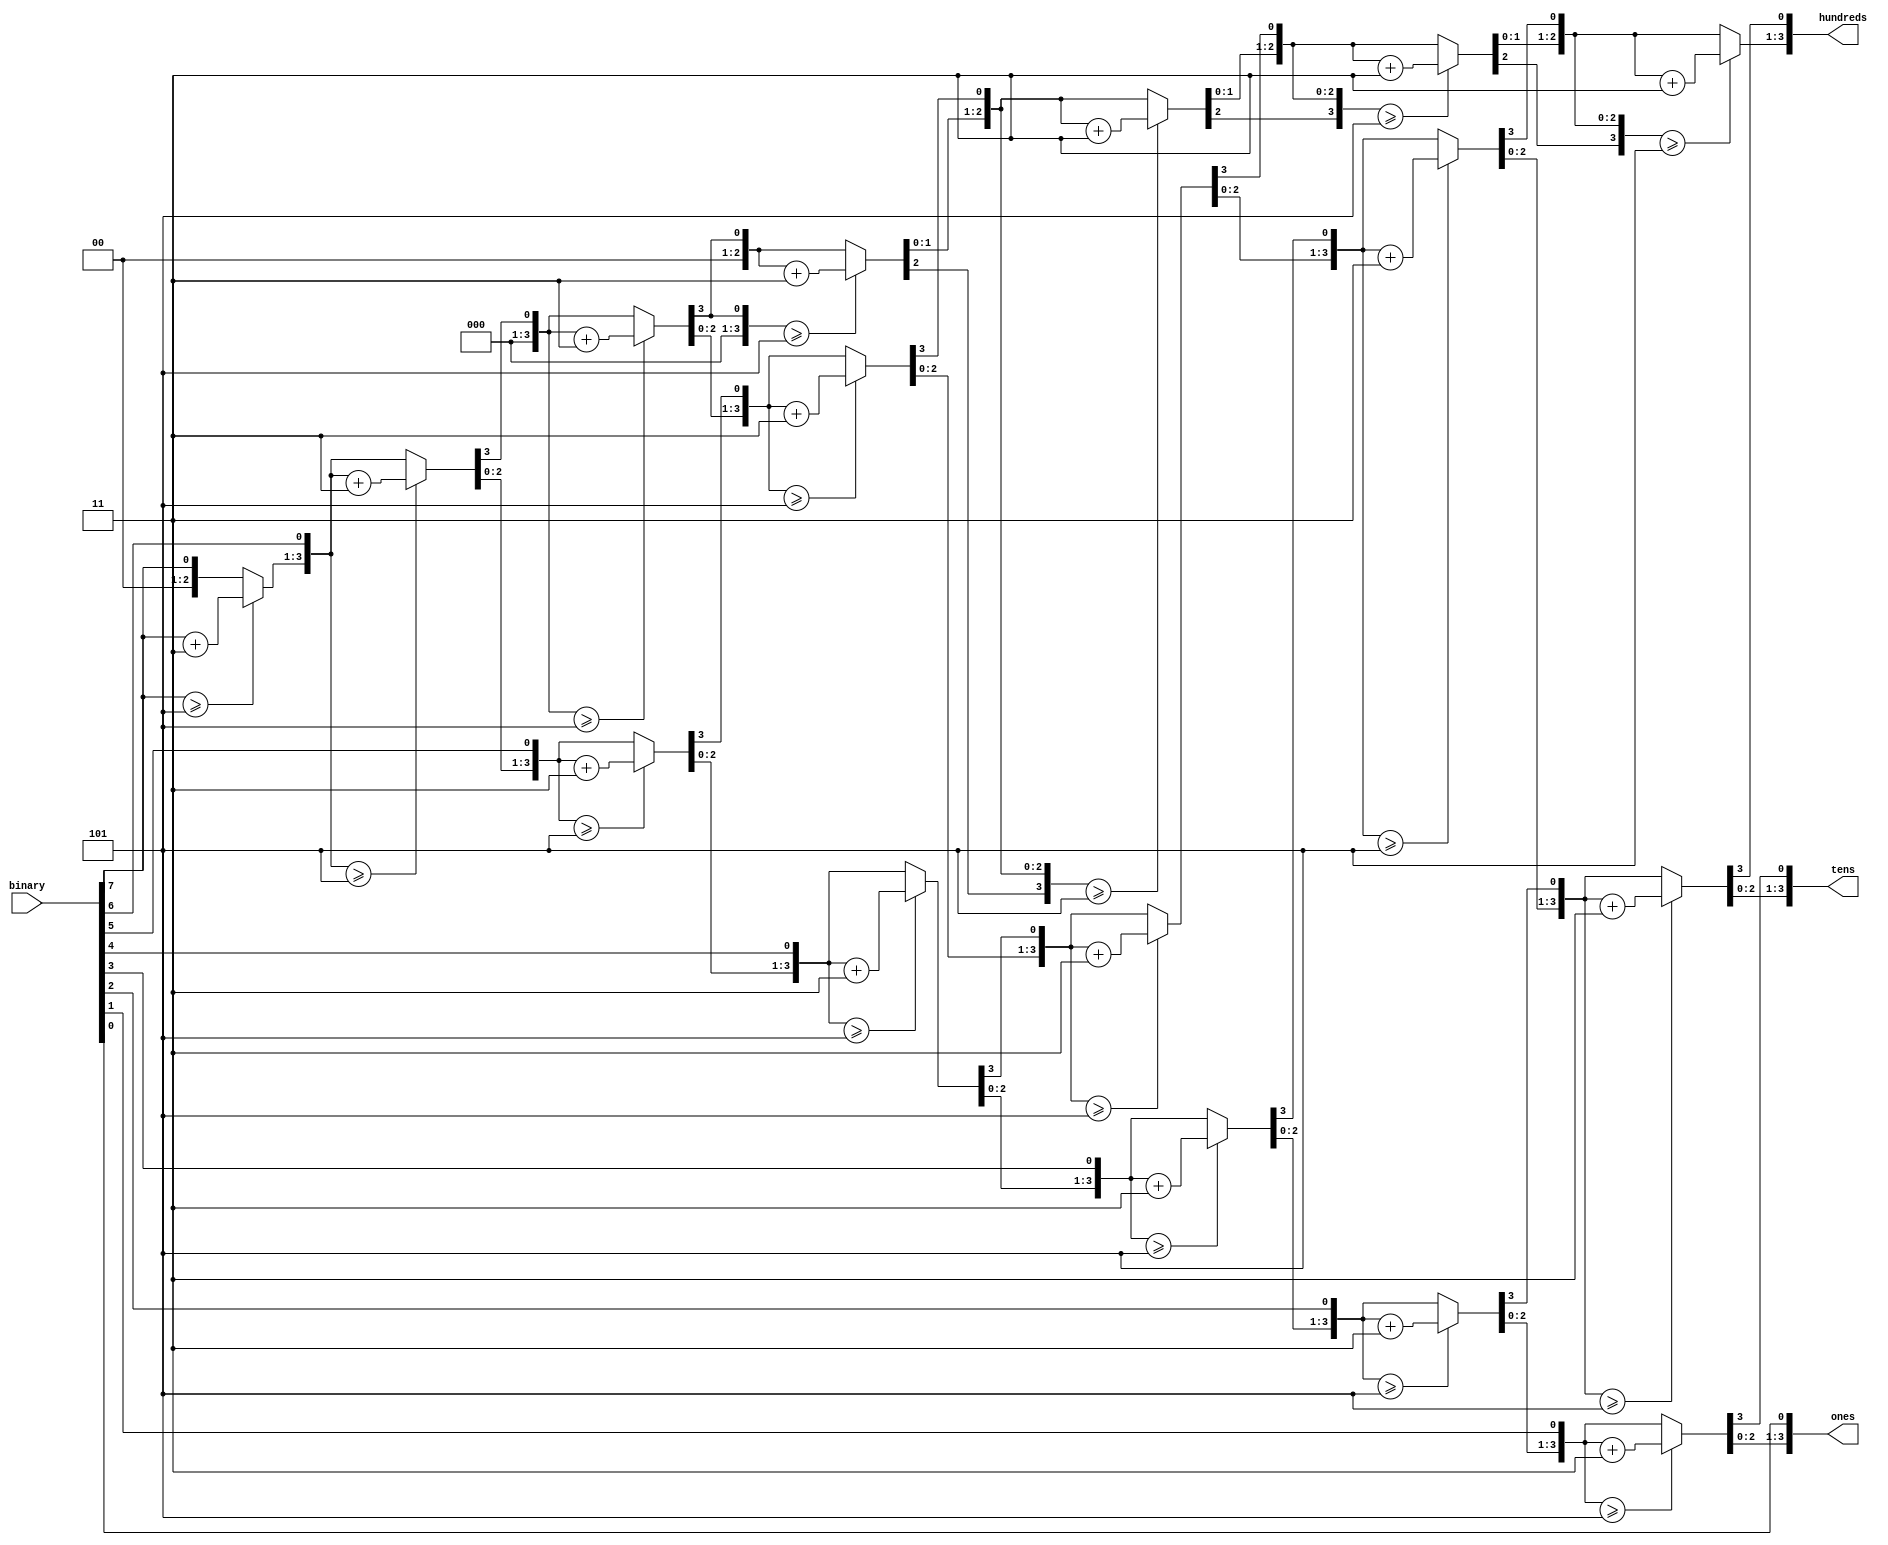
/*
* It is necessary for our approach
* to display the output on a 7 seg display
* to know the every valuein the ones and
* the tens individually sothis module
* implements a binary to BCD converter
* to pass the output to the 7 seg display
* as digits.
* We are using the famous shift and add 3
* algorithm for the conversion 
*/
module binary_to_BCD (binary,hundreds, tens, ones);
input [7:0] binary;
output reg [3:0] hundreds;
output reg [3:0] tens;
output reg [3:0] ones;
integer i;
always @ (binary)
   begin
      hundreds = 4'b0000;
      tens = 4'b0000;
      ones = 4'b0000;
      for(i = 7; i >= 0; i = i - 1)
         begin
         //in case the one of the outputs is >= 5 add 3
            if(hundreds >= 5)
               hundreds = hundreds + 3;
            if( tens >= 5)
               tens = tens + 3;
            if(ones >= 5)
               ones = ones + 3;
           //shift to the left by one every cycle   
            hundreds = hundreds << 1;
           //shift the tens to the hundreds
            hundreds[0] = tens[3];
            tens = tens << 1;
           //shift the ones to the tens
            tens[0] = ones [3];
            ones = ones << 1;
           //shift binary input to the ones
            ones[0] = binary [i];
         end
   end
endmodule